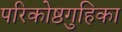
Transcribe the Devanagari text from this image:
परिकोष्ठगुहिका